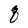
Character: q